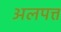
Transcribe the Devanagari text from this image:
अलपत्त